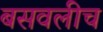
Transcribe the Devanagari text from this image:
बसवलीच